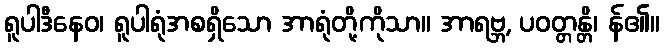
ရူပါဒီနေဝ၊ ရူပါရုံအစရှိသော အာရုံတို့ကိုသာ။ အာရဗ္ဘ, ပဝတ္တန္တိ၊ န်၏။